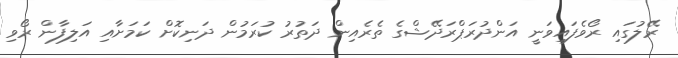
ރޭލުގައި ރޯވެފައިވަނީ އަންދުރަޕްރަދޭޝްގެ ތެރެއިން ދަތުރު ކުރަމުން ދަނިކޮށް ކަމަށާއި އަލިފާން ރޯވި